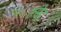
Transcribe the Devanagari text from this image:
तसेह